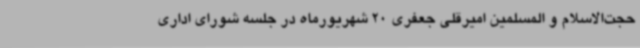
حجت‌الاسلام و المسلمین امیرقلی جعفری 20 شهریورماه در جلسه شورای اداری